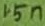
Text: 15n